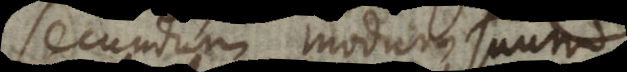
secundum modum suu